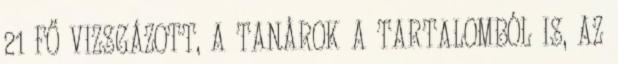
21 FŐ VIZSGÁZOTT, A TANÁROK A TARTALOMBÓL IS, AZ